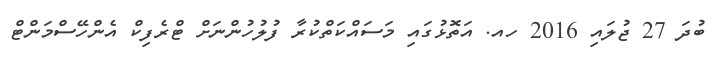
ބުދަ 27 ޖުލައި 2016 ހއ. އަތޮޅުގައި މަސައްކަތްކުރާ ފުލުހުންނަށް ޓްރެފިކް އެންހޭސްމަންޓް